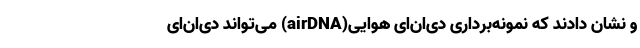
و نشان دادند که نمونه‌برداری دی‌ان‌ای هوایی(airDNA) می‌تواند دی‌ان‌ای